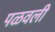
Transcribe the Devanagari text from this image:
पळवली